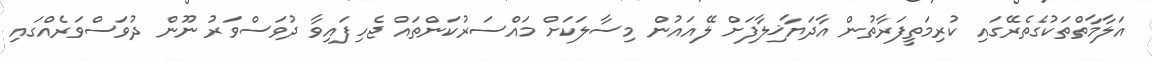
އަލާމާތްތަކުގެތެރޭގައި ކުރިމަތީފަރާތުން އާދަޔާޚިލާފަށް ލޭއައުން މިސާލަކަށް މައްސަރުކަންތައް ޖެހިފައިވާ ދުވަސްވަރު ނޫން ދުވަސްވަރެއްގައި